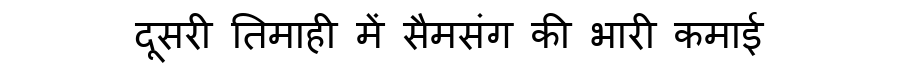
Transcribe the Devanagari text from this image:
दूसरी तिमाही में सैमसंग की भारी कमाई